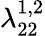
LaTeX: \lambda_{22}^{1,2}